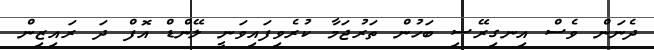
ދެނަން ވެސް އިނގިރޭސި ބަހުން ތަރުޖަމާ ކުރެވިފައިވަނީ ލޭންޑް އޮފް ދަ ރައިޒިން